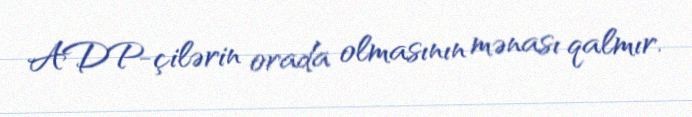
ADP-çilərin orada olmasının mənası qalmır.